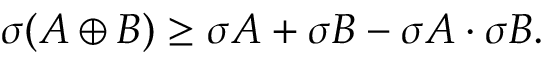
\sigma ( A \oplus B ) \geq \sigma A + \sigma B - \sigma A \cdot \sigma B .